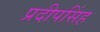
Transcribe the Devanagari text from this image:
प्रदीपसिंह